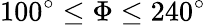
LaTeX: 100^{\circ}\leq\Phi\leq 240^{\circ}